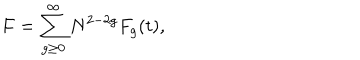
LaTeX: F = \sum _ { g \ge 0 } ^ { \infty } N ^ { 2 - 2 g } F _ { g } ( t ) ,